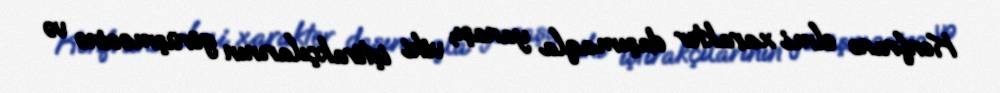
Konfrans elmi xarakter daşımaqla yanaşı, viki iştirakçılarının görüşməsinə və